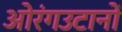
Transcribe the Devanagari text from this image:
ओरंगउटानों